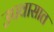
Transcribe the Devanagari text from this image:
उपवासात